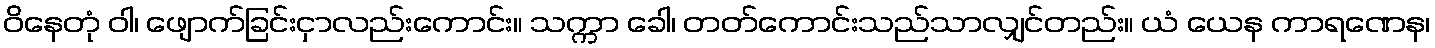
ဝိနေတုံ ဝါ၊ ဖျောက်ခြင်းငှာလည်းကောင်း။ သက္ကာ ခေါ၊ တတ်ကောင်းသည်သာလျှင်တည်း။ ယံ ယေန ကာရဏေန၊